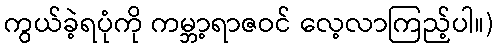
ကွယ်ခဲ့ရပုံကို ကမ္ဘာ့ရာဇဝင် လေ့လာကြည့်ပါ။)